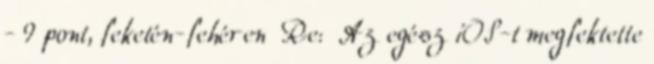
- 9 pont, feketén-fehéren Re: Az egész iOS-t megfektette